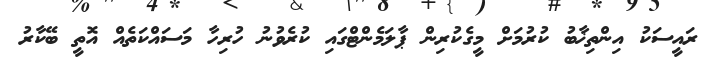
ރައީސަކު އިންތިޚާބު ކުރުމަށް މީގެކުރިން ޕާލަމެންޓްގައި ކުރެވުނު ހުރިހާ މަސައްކަތެއް އޮތީ ބޭކާރު